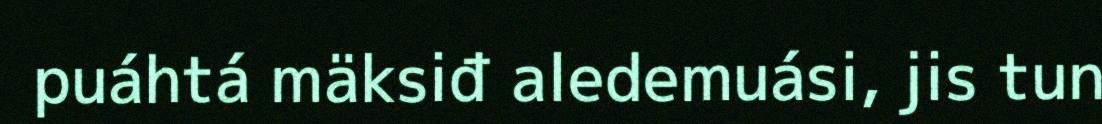
puáhtá mäksiđ aledemuási, jis tun